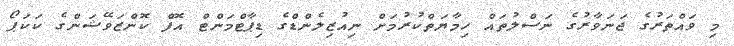
މި ވައްތަރުގެ ޖަނަވާރުގެ ނަސްލުތައް ހިމާޔަތްކުރުމަށް ނިއުޒިލެންޑްގެ ޑިޕާޓްމަންޓް އޮފް ކޮންޒަވޭޝަންގެ ކަކަޕޯ